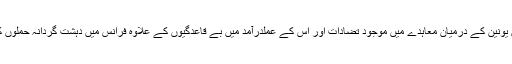
اجلاس میں انسانی اسمگلرز کے خلاف اقدامات، ڈی پورٹیز کے حوالے سے پاکستان اور یورپین یونین کے درمیان معاہدے میں موجود تضادات اور اس کے عملدرآمد میں بے قاعدگیوں کے علاوہ فرانس میں دہشت گردانہ حملوں کے بعد بیرون ملک پاکستانیوں کو درپیش مشکلات کے حل کے حوالے سے تبادلہ خیال کیا گیا۔